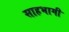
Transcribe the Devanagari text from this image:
साहभागी